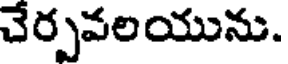
చేర్పవలయును.